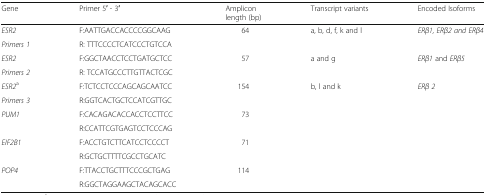
<table><thead><tr><td><b>Gene</b></td><td><b>Primer 5′ - 3′</b></td><td><b>Ampliconlength (bp)</b></td><td><b>Transcript variants</b></td><td><b>Encoded Isoforms</b></td></tr></thead><tbody><tr><td><i>ESR2</i></td><td>F:AATTGACCACCCCGGCAAG</td><td rowspan="2">64</td><td rowspan="2">a, b, d, f, k and l</td><td rowspan="2"><i>ERβ1, ERβ2 and ERβ4</i></td></tr><tr><td><i>Primers 1</i></td><td>R: TTTCCCCTCATCCCTGTCCA</td></tr><tr><td><i>ESR2</i></td><td>F:GGCTAACCTCCTGATGCTCC</td><td rowspan="2">57</td><td rowspan="2">a and g</td><td rowspan="2"><i>ERβ1</i> and <i>ERβ5</i></td></tr><tr><td><i>Primers 2</i></td><td>R: TCCATGCCCTTGTTACTCGC</td></tr><tr><td><i>ESR2</i><sup>a</sup></td><td>F:TCTCCTCCCAGCAGCAATCC</td><td rowspan="2">154</td><td rowspan="2">b, l and k</td><td rowspan="2"><i>ERβ 2</i></td></tr><tr><td><i>Primers 3</i></td><td>R:GGTCACTGCTCCATCGTTGC</td></tr><tr><td><i>PUM1</i></td><td>F:CACAGACACCACCTCCTTCC</td><td rowspan="2">73</td><td></td><td></td></tr><tr><td></td><td>R:CCATTCGTGAGTCCTCCCAG</td><td></td><td></td></tr><tr><td><i>EIF2B1</i></td><td>F:ACCTGTCTTCATCCTCCCCT</td><td rowspan="2">71</td><td></td><td></td></tr><tr><td></td><td>R:GCTGCTTTTCGCCTGCATC</td><td></td><td></td></tr><tr><td><i>POP4</i></td><td>F:TTACCTGCTTTCCCGCTGAG</td><td rowspan="2">114</td><td></td><td></td></tr><tr><td></td><td>R:GGCTAGGAAGCTACAGCACC</td><td></td><td></td></tr></tbody></table>